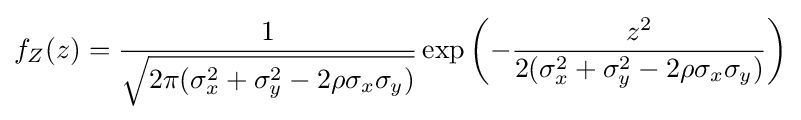
f_{Z}(z)={\frac {1}{\sqrt {2\pi (\sigma _{x}^{2}+\sigma _{y}^{2}-2\rho \sigma _{x}\sigma _{y})}}}\exp \left(-{\frac {z^{2}}{2(\sigma _{x}^{2}+\sigma _{y}^{2}-2\rho \sigma _{x}\sigma _{y})}}\right)